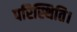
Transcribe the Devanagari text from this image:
परिस्थिति।